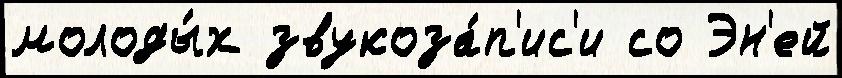
молоды́х звукоза́п'ис'и со Эн'ей